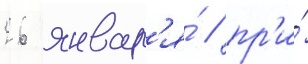
26 январ'я́ / пр'и́